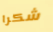
شكرا